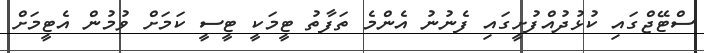
ސްޓޭޖްގައި ކުޅުދުއްފުށީގައި ފެނުނު އެންމެ ތަފާތު ޓީމަކީ ޓީސީ ކަމަށް ވުމުން އެޓީމަށް